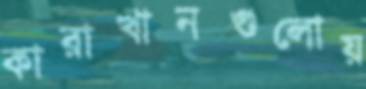
কারাখানগুলোয়